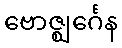
ဗောဇ္ဈင်္ဂေန